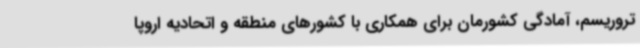
تروریسم، آمادگی کشورمان برای همکاری با کشورهای منطقه و اتحادیه اروپا